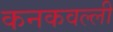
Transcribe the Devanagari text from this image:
कनकवल्ली